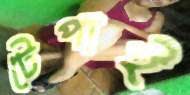
টেপাই